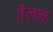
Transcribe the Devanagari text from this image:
तैलम